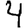
Digit: 4